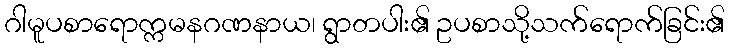
ဂါမူပစာရောက္ကမနဂဏနာယ၊ ရွာတပါး၏ ဥပစာသို့သက်ရောက်ခြင်း၏